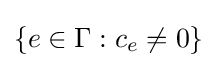
\{e\in \Gamma :c_{e}\neq 0\}